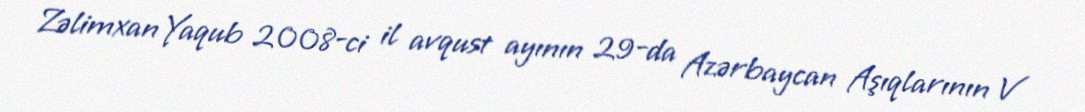
Zəlimxan Yaqub 2008-ci il avqust ayının 29-da Azərbaycan Aşıqlarının V